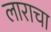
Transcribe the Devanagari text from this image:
लाराचा